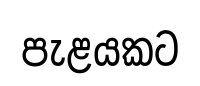
පැළයකට